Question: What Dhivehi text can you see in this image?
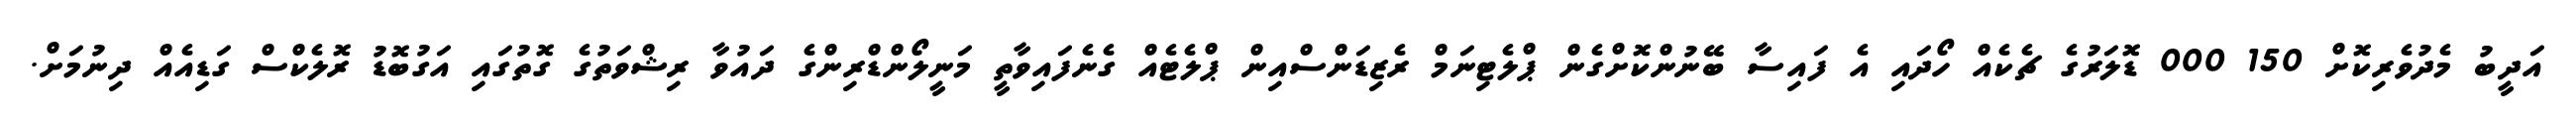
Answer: އަދީބު މެދުވެރިކޮށް 150 000 ޑޮލަރުގެ ޗެކެއް ހޯދައި އެ ފައިސާ ބޭނުންކޮށްގެން ޕްލެޓިނަމް ރެޒިޑަންސްއިން ޕްލެޓެއް ގެނެފައިވާތީ މަނީލޯންޑްރިންގެ ދައުވާ ރިޝްވަތުގެ ގޮތުގައި އަގުބޮޑު ރޮލެކްސް ގަޑިއެއް ދިނުމަށް.